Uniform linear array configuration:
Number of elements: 48
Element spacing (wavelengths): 1
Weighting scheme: uniform
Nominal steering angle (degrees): -30
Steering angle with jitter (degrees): -28.737
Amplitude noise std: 0.05
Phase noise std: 0.05

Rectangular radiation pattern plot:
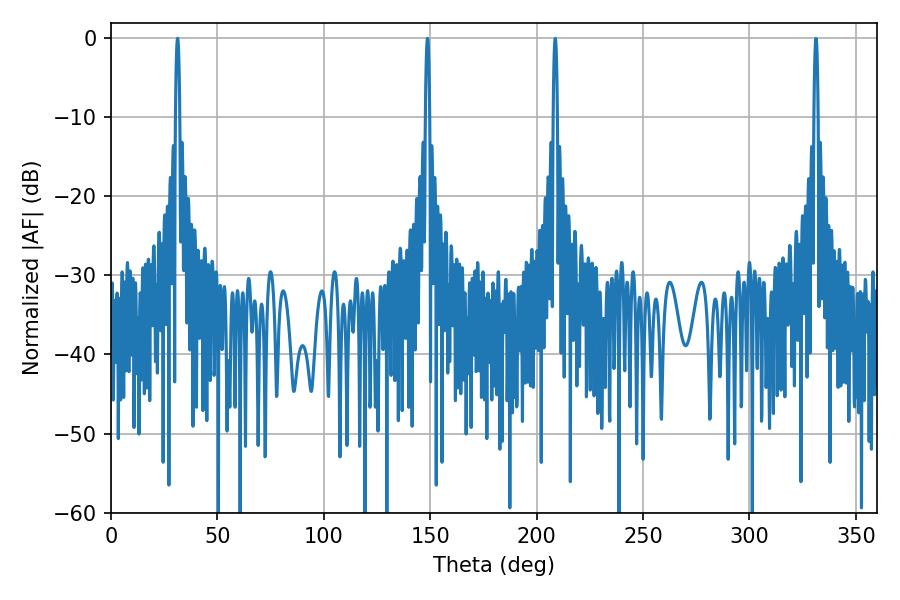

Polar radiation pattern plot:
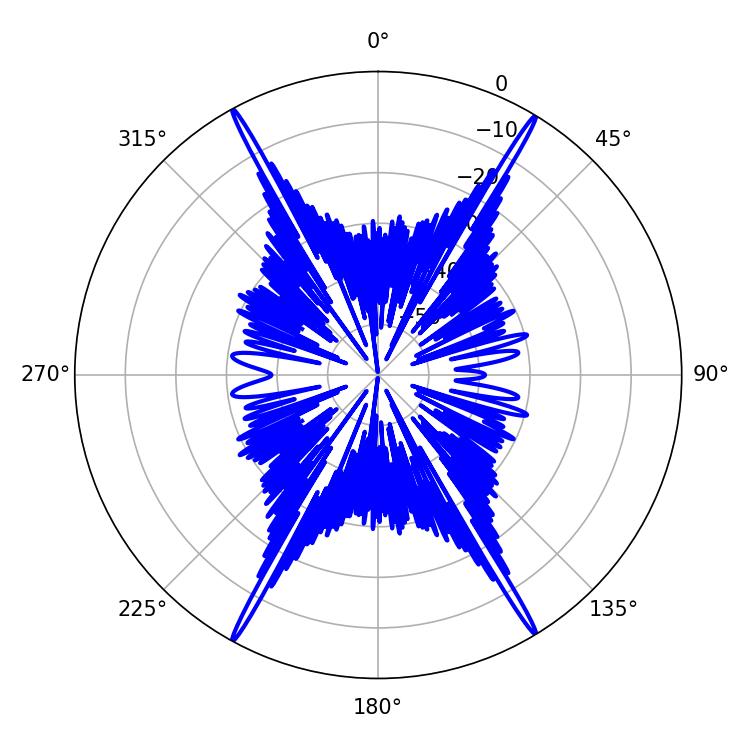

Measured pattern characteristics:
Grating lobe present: TRUE
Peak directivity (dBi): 29.328
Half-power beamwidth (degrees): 1.08
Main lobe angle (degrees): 148.68